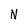
Character: N